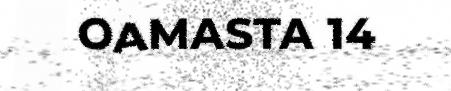
OAMASTA 14